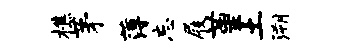
樵茅薄忘屐堇土溯